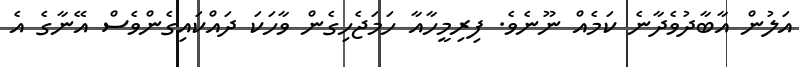
އަލުން އާބާދުވެދާނެ ކަމެއްް ނޫނެެވެ. ފިރިމީހާއާ ހަމަޖެހިގެން ވާހަކަ ދައްކައިގެންވެސް އޭނާގެ އެ